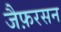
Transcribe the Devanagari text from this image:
जैफ़रसन